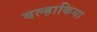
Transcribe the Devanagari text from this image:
बल्हाकिया